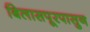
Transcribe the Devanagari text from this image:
बिलासपूरपासुन